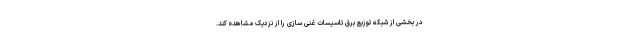
در بخشی از شبکه توزیع برق تاسیسات غنی سازی را از نزدیک مشاهده کند.